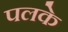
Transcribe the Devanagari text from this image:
पलके